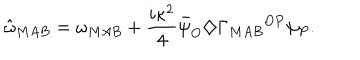
LaTeX: { \hat { \omega } } _ { M A B } = \omega _ { M A B } + \frac { i \kappa ^ { 2 } } { 4 } { \bar { \psi } } _ { O } \diamondsuit { \Gamma _ { M A B } } ^ { O P } \psi _ { P } .